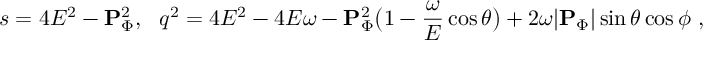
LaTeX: s = 4 E ^ { 2 } - { \bf P } _ { \Phi } ^ { 2 } , \ \ q ^ { 2 } = 4 E ^ { 2 } - 4 E \omega - { \bf P } _ { \Phi } ^ { 2 } \bigl ( 1 - \frac { \omega } { E } \cos { \theta } \bigr ) + 2 \omega | { \bf P } _ { \Phi } | \sin { \theta } \cos { \phi } \ ,